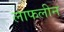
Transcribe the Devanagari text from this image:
लाफलीन